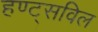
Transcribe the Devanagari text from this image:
हण्ट्सविल